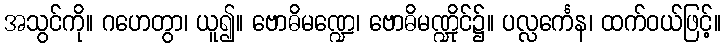
အသွင်ကို။ ဂဟေတွာ၊ ယူ၍။ ဗောဓိမဏ္ဍေ၊ ဗောဓိမဏ္ဍိုင်၌။ ပလ္လင်္ကေန၊ ထက်ဝယ်ဖြင့်။